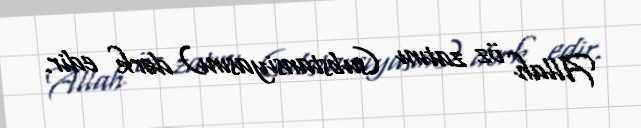
Allah öz zatını (substansiyasını) dərk edir.